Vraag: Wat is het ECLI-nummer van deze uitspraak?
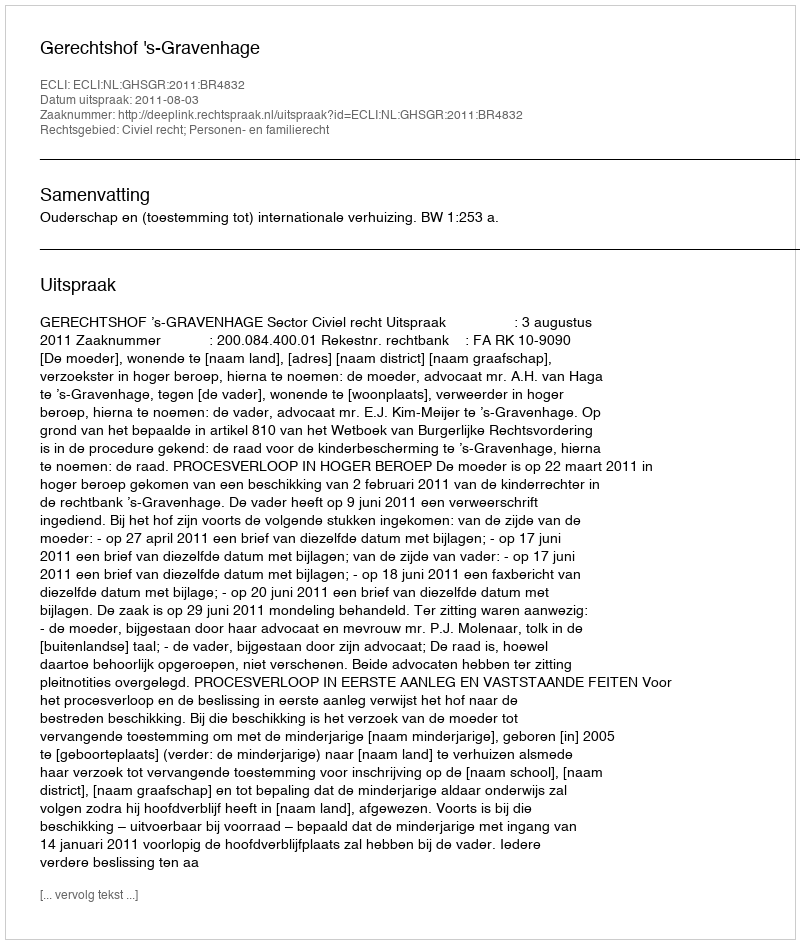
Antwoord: ECLI:NL:GHSGR:2011:BR4832